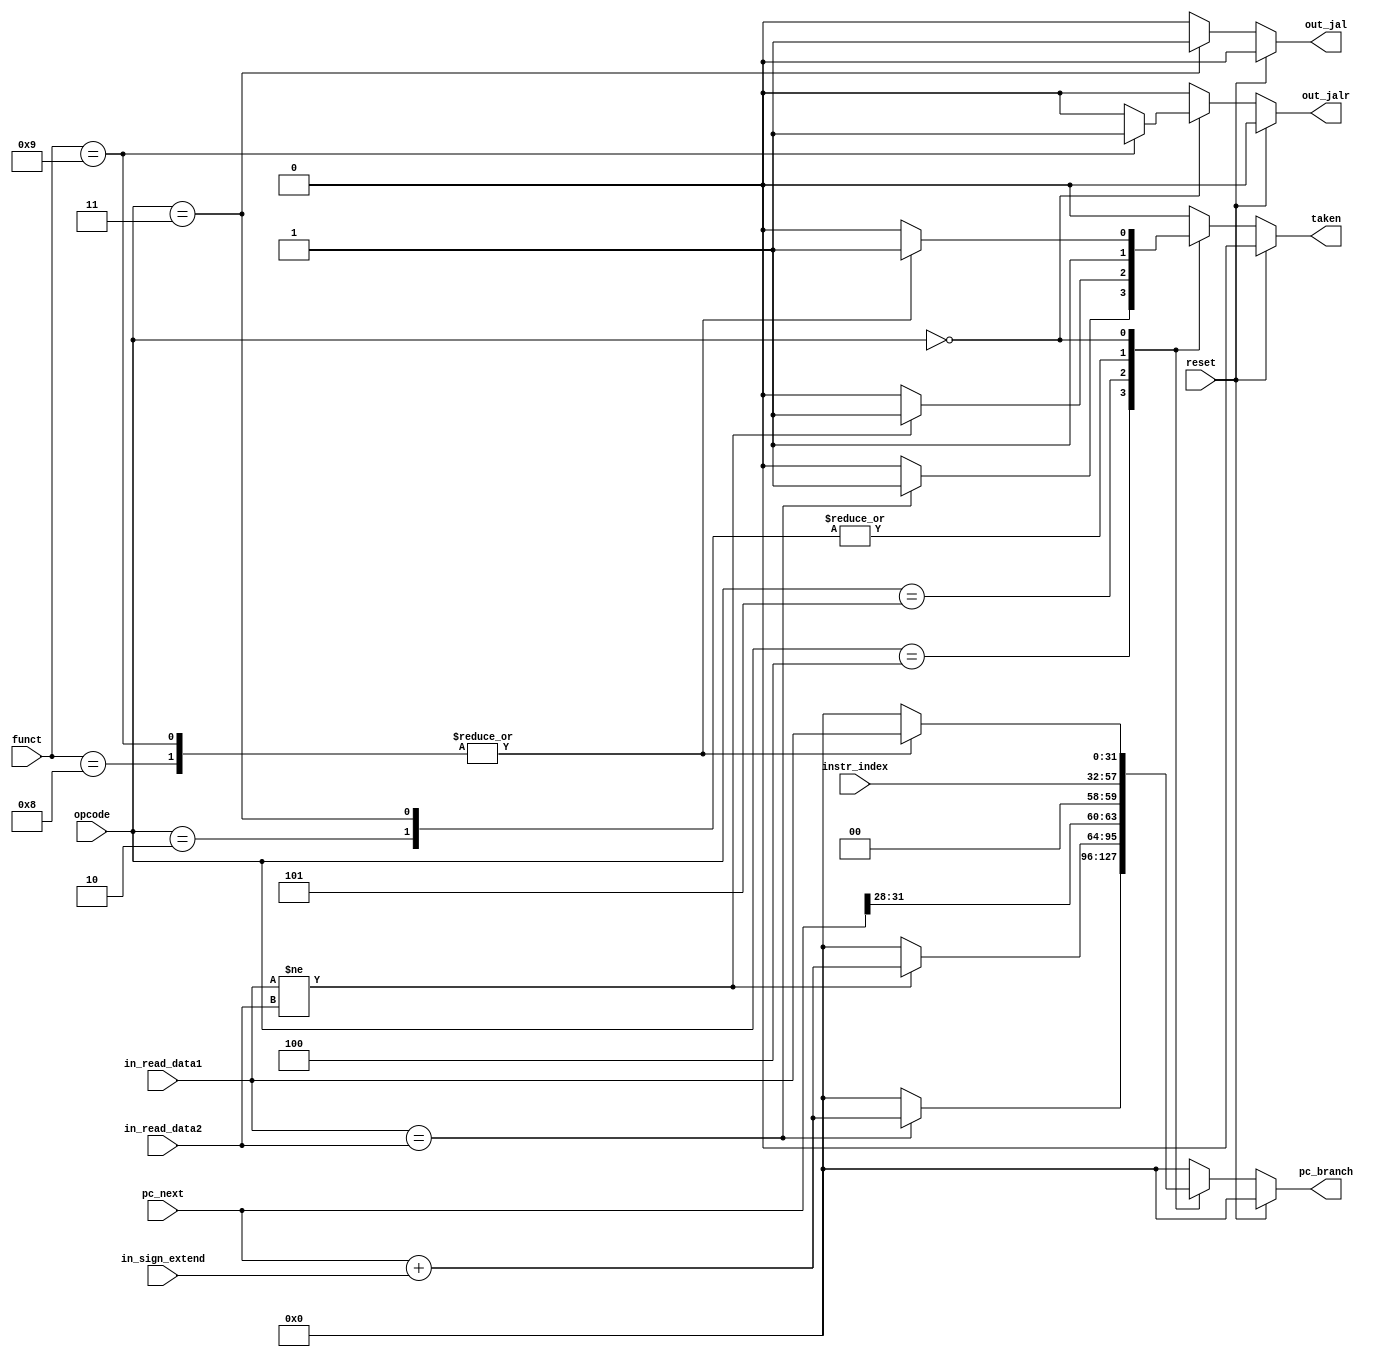
`timescale 1ns / 1ps

module Branch(
    input reset,
    input [5:0] opcode,
    input [5:0] funct,
    input [31:0] in_read_data1,
    input [31:0] in_read_data2,
    input [31:0] pc_next,
    input [31:0] in_sign_extend,
    input [25:0] instr_index,
    output reg taken,
    output reg [31:0] pc_branch,
    output reg out_jal,
    output reg out_jalr
    );
     
    localparam BEQ = 6'b000100;
    localparam BNE = 6'b000101;
    localparam J = 6'b000010;
    localparam JAL = 6'b000011;
    localparam REG = 6'b000000;
    localparam JR = 6'b001000;
    localparam JALR = 6'b001001;

	always @(*) begin
		if (reset)
		  begin
            pc_branch <= 0;
			taken <= 0;
			out_jal <= 0;
			out_jalr <= 0;
		  end
		else 
		  begin
			case(opcode)
				BEQ: begin
                    if(in_read_data1 == in_read_data2) begin
                        pc_branch <= $signed(pc_next) + $signed(in_sign_extend);
                        taken <= 1;
                        out_jal <= 0;
                        out_jalr <= 0;
                    end
                    else begin
                        pc_branch <= 0; //Indistinto. El taken dice que toma el PC del IF, no del ID
                        taken <= 0;
                        out_jal <= 0;
                        out_jalr <= 0;
                        end
                    end
				BNE: begin
                    if(in_read_data1 != in_read_data2) begin
                        pc_branch <= $signed(pc_next) + $signed(in_sign_extend);
                        taken <= 1;
                        out_jal <= 0;
                        out_jalr <= 0;
                    end
                    else begin
                        pc_branch <= 0;
                        taken <= 0;
                        out_jal <= 0;
                        out_jalr <= 0;
                    end
                end
				J: begin
                        pc_branch <= {pc_next[31:28],2'b00,instr_index}; 
                        taken <= 1;
                        out_jal <= 0;
                        out_jalr <= 0;
                    end
                JAL: begin 
                        pc_branch <= {pc_next[31:28],2'b00,instr_index};
                        taken <= 1;
                        out_jal <= 1;   //guarda el PC+1 en Regs[31]
                        out_jalr <= 0;
                    end
                REG:
                    case(funct)
                        JR: begin
                                pc_branch <= in_read_data1; //Reg RS
                                taken <= 1;
                                out_jal <= 0;
                                out_jalr <= 0; 
                            end
                        JALR: begin
                                pc_branch <= in_read_data1; //Reg RS
                                taken <= 1; 
                                out_jalr <= 1;
                                out_jal <= 0;
                            end
                        default: begin
                                pc_branch <= 0;
                                taken <= 0;
                                out_jalr <= 0;
                                out_jal <= 0;
                            end
                    endcase
				default: begin
                            pc_branch <= 0;
                            taken <= 0;
                            out_jal <= 0;
                            out_jalr <= 0;
						end
			endcase
		end
	end
	
endmodule